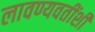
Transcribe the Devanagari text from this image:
लावण्यवतींशी